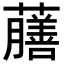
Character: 𧃇